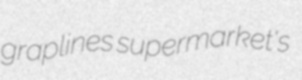
graplines supermarket's